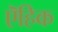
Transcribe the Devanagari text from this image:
ऎहिक